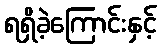
ရရှိခဲ့ကြောင်းနှင့်